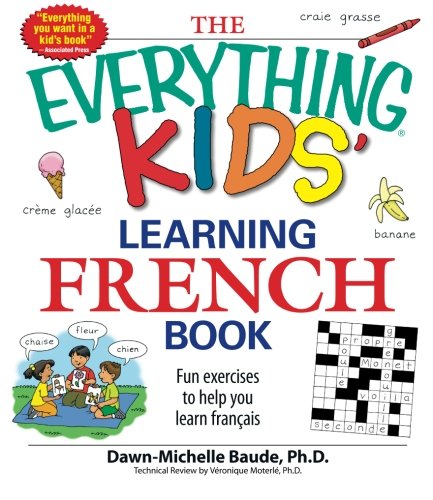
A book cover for The Everything Kids' Learning French Book: Fun exercises to help you learn francais; Dawn Michelle Baude; Children's Books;